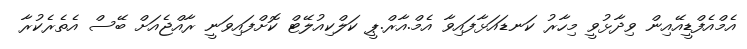
އެމްއެފްޑީއޭއިން ވިދާޅުވީ މިހާރު ކަނޑައަޅާފައިވާ އެމް.އާރް.ޕީ ކަލްކިއުލޭޓް ކޮށްފައިވަނީ ރާއްޖެއަށް ބޭސް އެތެރެކުރާ